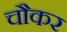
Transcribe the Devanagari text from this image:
चौकर